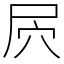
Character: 屄